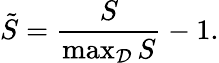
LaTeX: \tilde{S}=\frac{S}{\operatorname*{max}_{\mathcal{D}}{S}}-1.